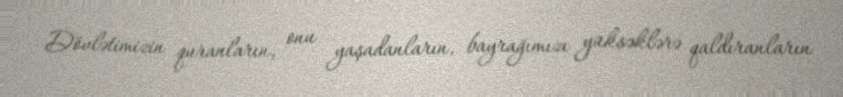
Dövlətimizin quranların, onu yaşadanların, bayrağımızı yüksəklərə qaldıranların